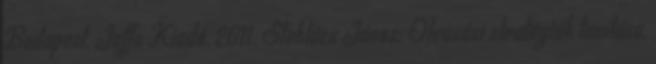
Budapest, Jaffa Kiadó, 2011. Steklács János: Olvasási stratégiák tanítása,